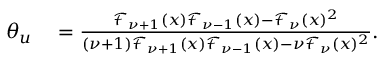
\begin{array} { r l } { \theta _ { u } } & { { } = \frac { \mathcal { F } _ { \nu + 1 } ( x ) \mathcal { F } _ { \nu - 1 } ( x ) - \mathcal { F } _ { \nu } ( x ) ^ { 2 } } { ( \nu + 1 ) \mathcal { F } _ { \nu + 1 } ( x ) \mathcal { F } _ { \nu - 1 } ( x ) - \nu \mathcal { F } _ { \nu } ( x ) ^ { 2 } } . } \end{array}